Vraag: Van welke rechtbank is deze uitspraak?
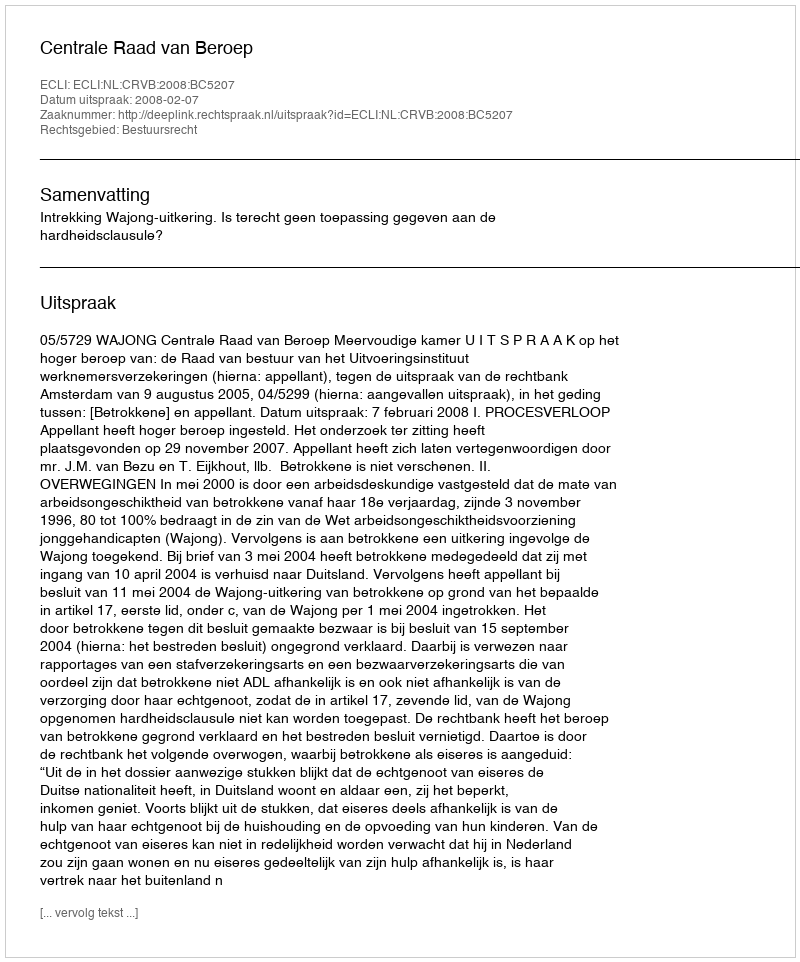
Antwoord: Centrale Raad van Beroep